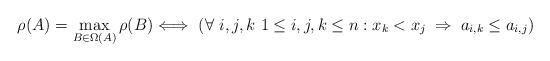
LaTeX: \begin{align*} \rho(A)=\max_{B\in\Omega(A)}\rho(B) \Longleftrightarrow\ \left(\forall\ i,j,k\ 1\leq i,j,k\leq n: x_k < x_j\;\Rightarrow\; a_{i,k}\leq a_{i,j}\right)\end{align*}